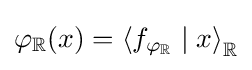
\varphi _{\mathbb {R} }(x)=\left\langle f_{\varphi _{\mathbb {R} }}\mid x\right\rangle _{\mathbb {R} }